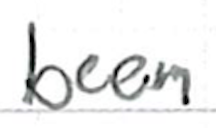
Text: been
Cross-out: clean
Writing tool: ballpoint